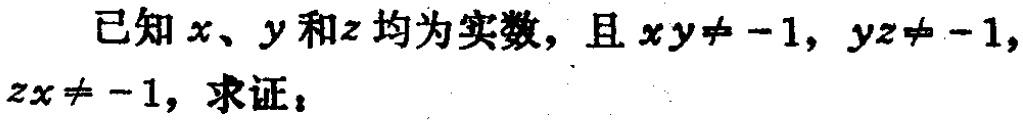
已知\(x\)、\(y\)和\(z\)均为实数，且\(xy\neq -1\)，\(yz\neq -1\)，\(zx\neq -1\)，求证：